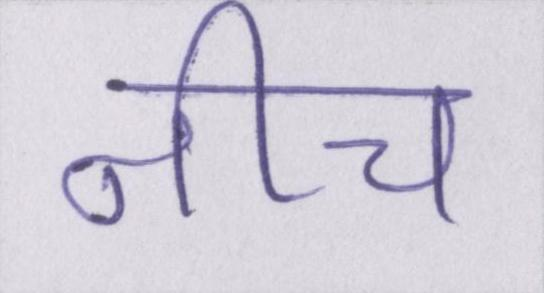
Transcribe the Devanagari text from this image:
नीच